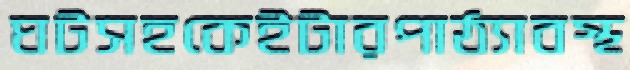
ঘটসহকেইটারপাঠ্যাবস্থ